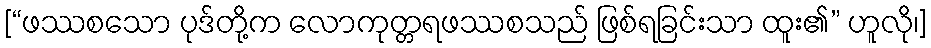
[“ဖဿစသော ပုဒ်တို့က လောကုတ္တရဖဿစသည် ဖြစ်ရခြင်းသာ ထူး၏” ဟူလို၊]